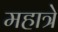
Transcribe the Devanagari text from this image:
महात्रे